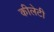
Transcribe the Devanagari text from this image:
कीलेटी